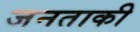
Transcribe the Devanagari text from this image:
जनताकी